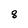
Character: 8